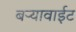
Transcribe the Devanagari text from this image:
बर्‍यावाईट